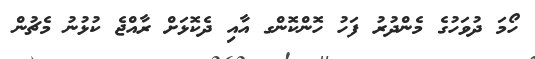
ހޯމަ ދުވަހުގެ މެންދުރު ފަހު ހޮންކޮންގ އާއި ދެކޮޅަށް ރާއްޖެ ކުޅުނު މެޗުން